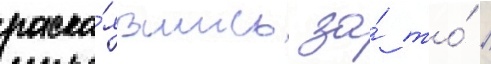
раска́явшись за́ то́ /